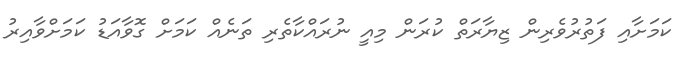
ކަމަށާއި ފަތުރުވެރިން ޒިޔާރަތް ކުރަން މިއީ ނުރައްކާތެރި ތަނެއް ކަމަށް ގޮވާއަޑު ކަމަށްވާއިރު